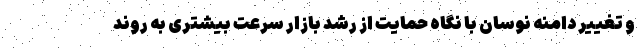
و تغییر دامنه نوسان با نگاه حمایت از رشد بازار سرعت بیشتری به روند